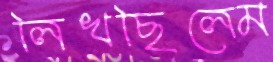
লিখছিলেম